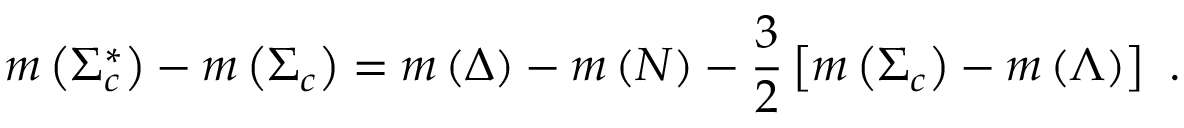
m \left( \Sigma _ { c } ^ { \ast } \right) - m \left( \Sigma _ { c } \right) = m \left( \Delta \right) - m \left( N \right) - \frac { 3 } { 2 } \left[ m \left( \Sigma _ { c } \right) - m \left( \Lambda \right) \right] \ .